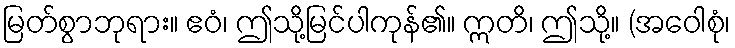
မြတ်စွာဘုရား။ ဧဝံ၊ ဤသို့မြင်ပါကုန်၏။ ဣတိ၊ ဤသို့။ (အဝေါစုံ၊